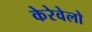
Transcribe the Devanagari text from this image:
केरेवेलो